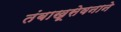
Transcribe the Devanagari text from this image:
तंबाखूसेवनाने